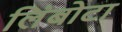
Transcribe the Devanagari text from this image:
लिंबोटा